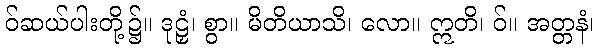
ဝ်ဆယ်ပါးတို့၌။ ဒုဠှံ၊ စွာ။ မိတိယာသိ၊ လော။ ဣတိ၊ ဝ်။ အတ္တနံ၊